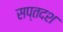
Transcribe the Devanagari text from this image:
सप्तदश